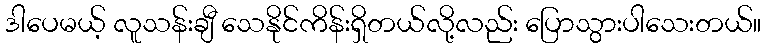
ဒါပေမယ့် လူသန်းချီ သေနိုင်ကိန်းရှိတယ်လို့လည်း ပြောသွားပါသေးတယ်။